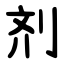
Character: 剂